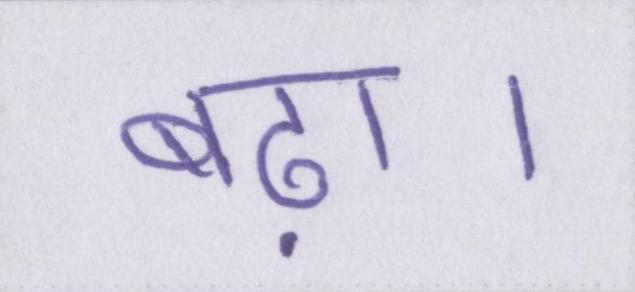
बढ़ा।